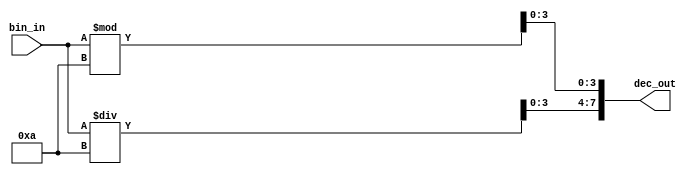
`timescale 1ns / 1ps
//////////////////////////////////////////////////////////////////////////////////
// Company: 
// Engineer: 
// 
// Design Name: 
// Module Name: decimal_encoder
// Project Name: 
// Target Devices: 
// Tool Versions: 
// Description: 
// 
// Dependencies: 
// 
// Revision:
// Revision 0.01 - File Created
// Additional Comments:
// 
//////////////////////////////////////////////////////////////////////////////////

//0-63,BCD
module decimal_encoder(
input [5:0]bin_in,
output [7:0]dec_out
    );
    assign dec_out[3:0] = bin_in % 10;
    assign dec_out[7:4] = bin_in / 10;
endmodule